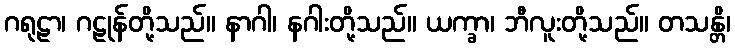
ဂရုဠာ၊ ဂဠုန်တို့သည်။ နာဂါ၊ နဂါးတို့သည်။ ယက္ခာ၊ ဘီလူးတို့သည်။ တသန္တိ၊